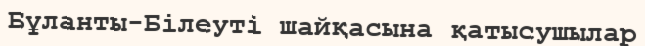
Бұланты-Білеуті шайқасына қатысушылар